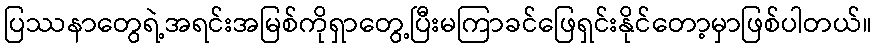
ပြဿနာတွေရဲ့အရင်းအမြစ်ကိုရှာတွေ့ပြီးမကြာခင်ဖြေရှင်းနိုင်တော့မှာဖြစ်ပါတယ်။